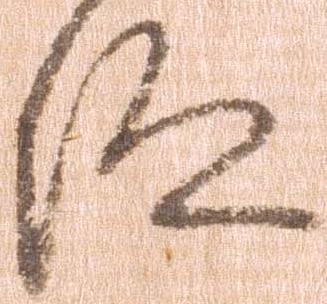
仰